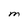
Character: M